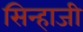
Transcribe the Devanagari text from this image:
सिन्हाजी